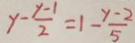
y - \frac { y - 1 } { 2 } = 1 - \frac { y - 2 } { 5 }